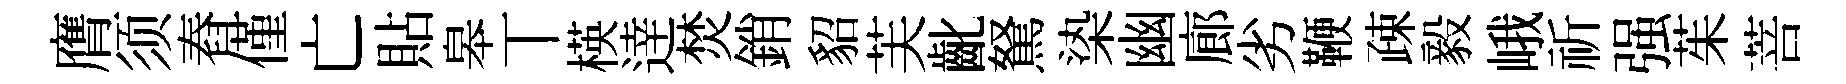
膺须舂僅亡貼皋丅楧逹焚銷貂芙齔駑𣑱幽廊劣鞭疎毅峨祈强茱菩